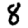
Digit: 8